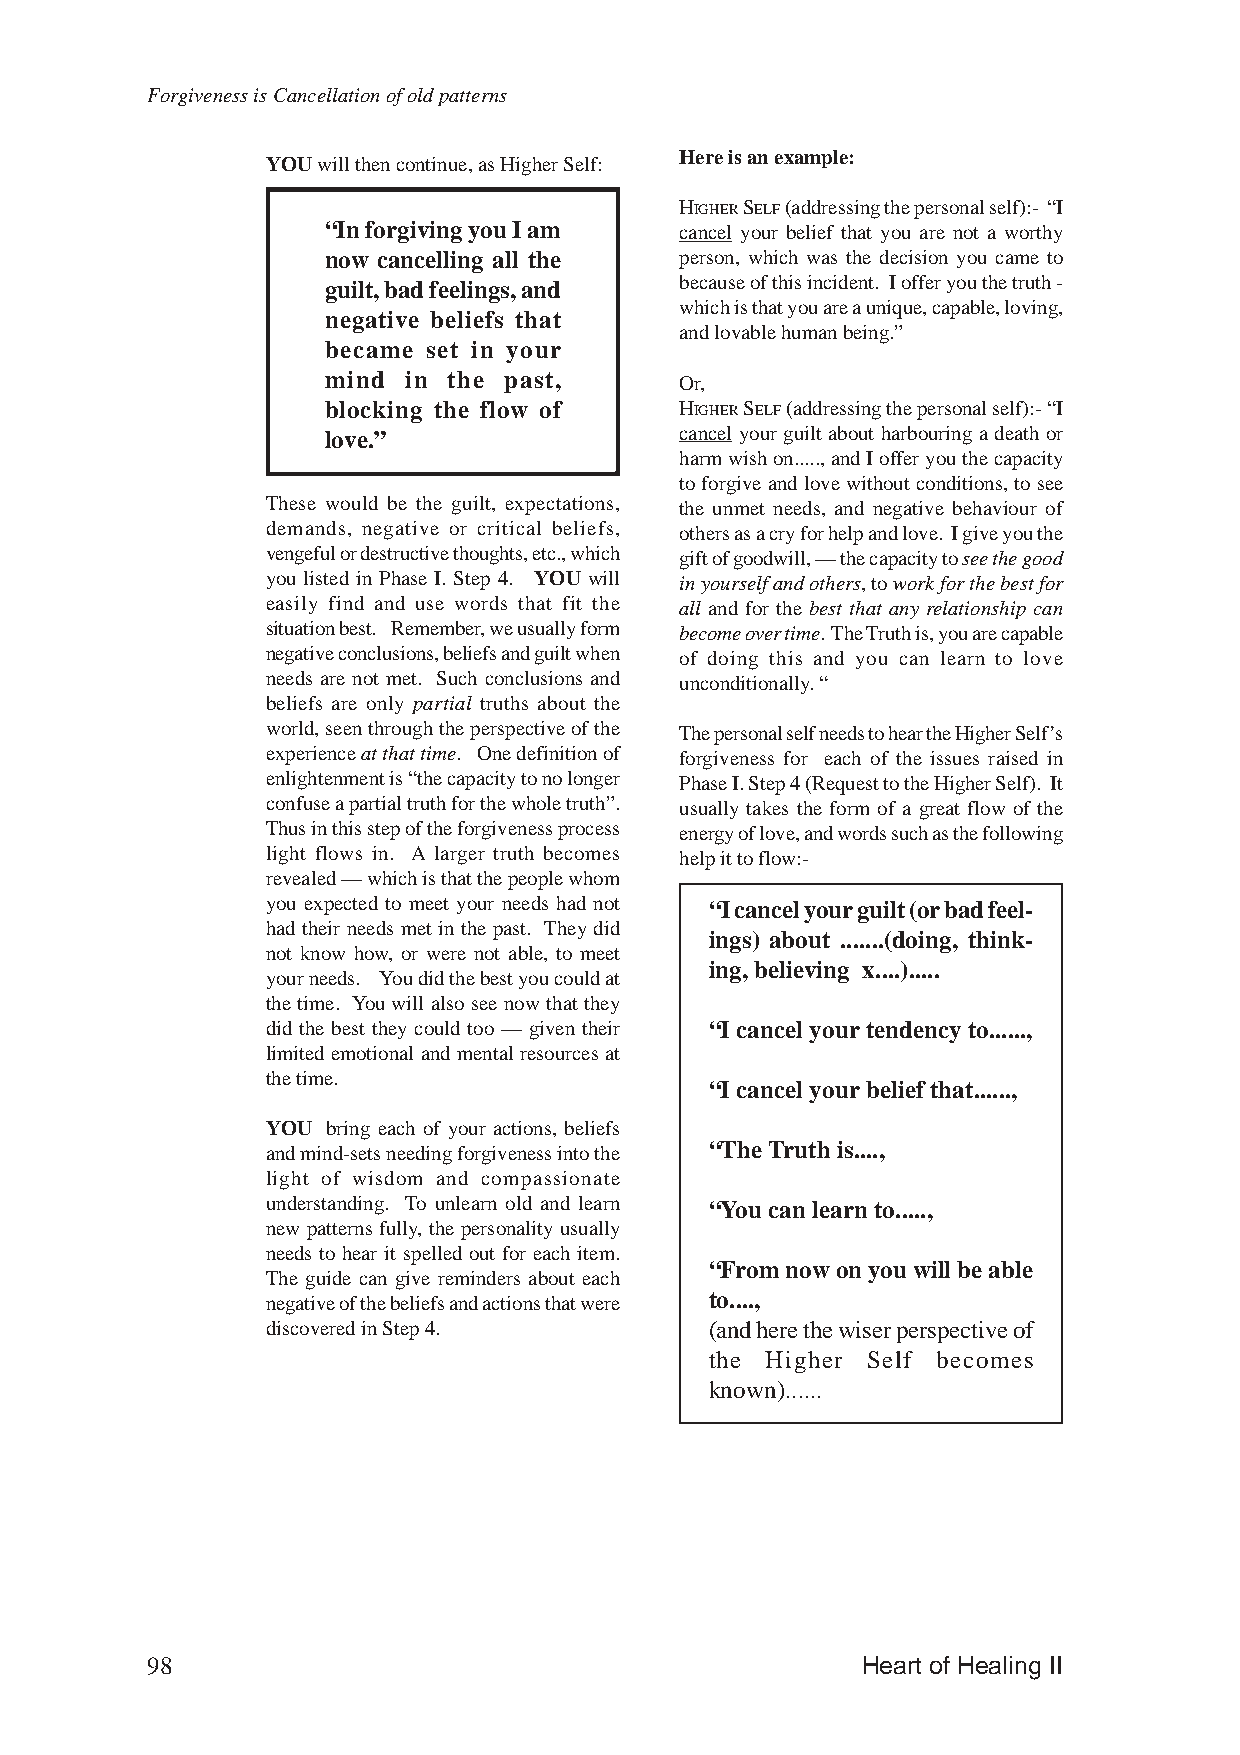
Forgiveness is Cancellation of old patterns
 Here is an example:
 YOU will then continue, as Higher Self:
 HIGHER SELF (addressing the personal self):- “I
 “In forgiving you I am  cancel your belief that you are not a worthy
 now cancelling all the  person, which was the decision you came to
 guilt, bad feelings, and because of this incident. I offer you the truth -
 which is that you are a unique, capable, loving,
 negative beliefs that
 and lovable human being.”
 became set in your
 mind  in the past,      Or,
 blocking the flow of    HIGHER SELF (addressing the personal self):- “I
 love.”                  cancel your guilt about harbouring a death or
 harm wish on....., and I offer you the capacity
 to forgive and love without conditions, to see
 These would be the guilt, expectations, the unmet needs, and negative behaviour of
 demands, negative or critical beliefs, others as a cry for help and love. I give you the
 vengeful or destructive thoughts, etc., which gift of goodwill, — the capacity to see the good
 you listed in Phase I. Step 4. YOU will in yourself and others, to work for the best for
 easily find and use words that fit the all and for the best that any relationship can
 situation best. Remember, we usually form become over time. The Truth is, you are capable
 negative conclusions, beliefs and guilt when of doing this and you can learn to love
 needs are not met. Such conclusions and unconditionally. “
 beliefs are only partial truths about the
 world, seen through the perspective of the The personal self needs to hear the Higher Self’s
 experience at that time. One definition of forgiveness for each of the issues raised in
 enlightenment is “the capacity to no longer Phase I. Step 4 (Request to the Higher Self). It
 confuse a partial truth for the whole truth”. usually takes the form of a great flow of the
 Thus in this step of the forgiveness process energy of love, and words such as the following
 light flows in. A larger truth becomes help it to flow:-
 revealed — which is that the people whom
 you expected to meet your needs had not “I cancel your guilt (or bad feel-
 had their needs met in the past. They did
 ings) about .......(doing, think-
 not know how, or were not able, to meet
 ing, believing x....).....
 your needs. You did the best you could at
 the time. You will also see now that they
 did the best they could too — given their “I cancel your tendency to......,
 limited emotional and mental resources at
 the time.
 “I cancel your belief that......,
 YOU bring each of your actions, beliefs
 and mind-sets needing forgiveness into the “The Truth is....,
 light of wisdom and compassionate
 understanding. To unlearn old and learn “You can learn to.....,
 new patterns fully, the personality usually
 needs to hear it spelled out for each item.
 “From now on you will be able
 The guide can give reminders about each
 negative of the beliefs and actions that were to....,
 discovered in Step 4.        (and here the wiser perspective of
 the Higher Self becomes
 known)......
 98                                             Heart of Healing II